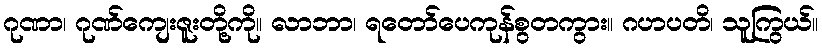
ဂုဏာ၊ ဂုဏ်ကျေးဇူးတို့ကို။ လာဘာ၊ ရတော်ပေကုန်စွတကွား။ ဂဟပတိ၊ သူကြွယ်။